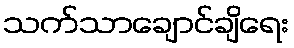
သက်သာချောင်ချိရေး